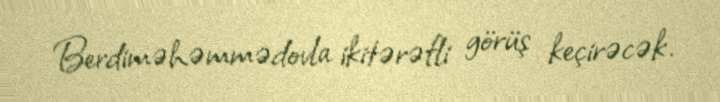
Berdiməhəmmədovla ikitərəfli görüş keçirəcək.